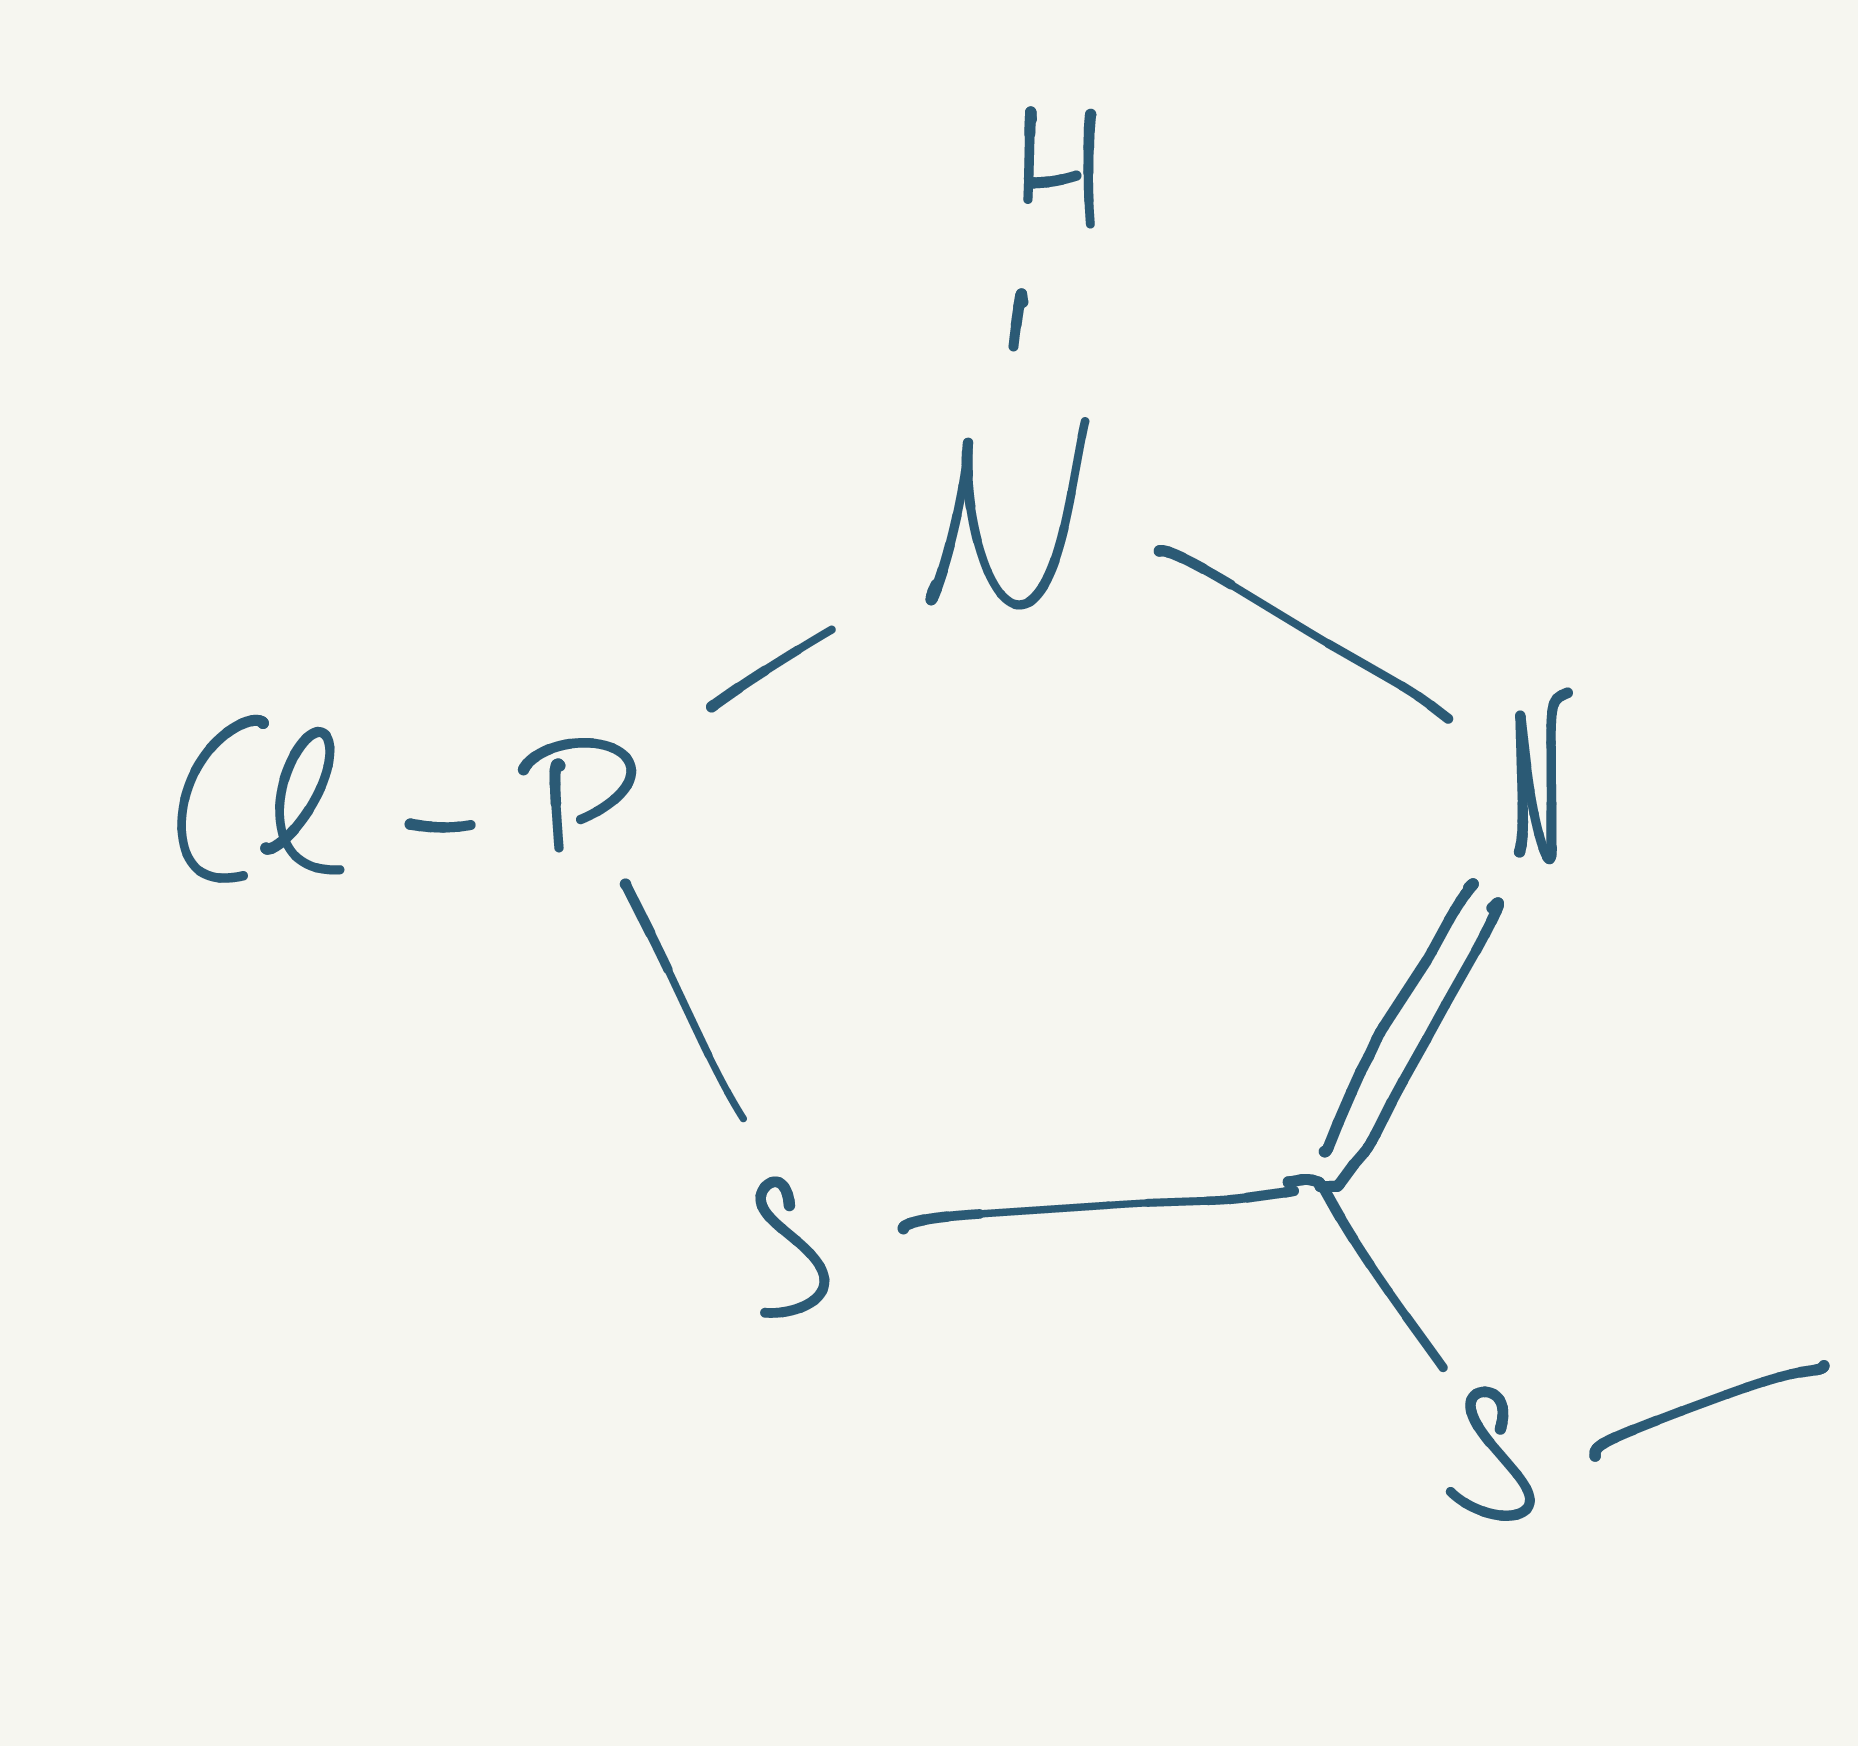
Simplified molecular-input line-entry system (SMILES) notation of the given molecule:
CSC1=NNP(S1)Cl